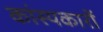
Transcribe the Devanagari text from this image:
कांस्यकारों